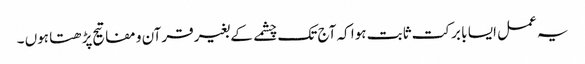
یہ عمل ایسا با برکت ثابت ہوا کہ آج تک چشمے کے بغیر قرآن و مفاتیح پڑھتا ہوں ۔